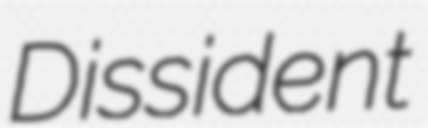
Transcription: Dissident